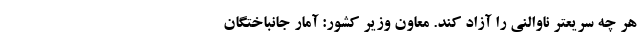
هر چه سریعتر ناوالنی را آزاد کند. معاون وزیر کشور: آمار جانباختگان